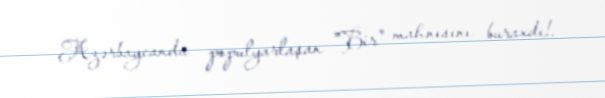
Azərbaycanda populyarlaşan "Bir" mahnısını buraxdı!.